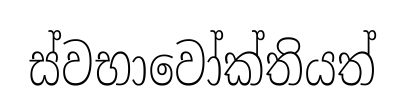
ස්වභාවෝක්තියත්